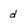
Character: d